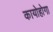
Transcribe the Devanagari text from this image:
कायोहोगा